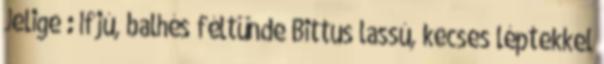
Jelige : Ifjú, balhés féltünde Bittus lassú, kecses léptekkel